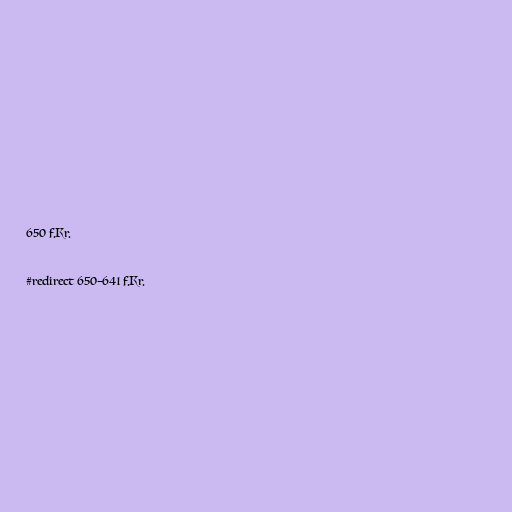
650 f.Kr.

#redirect 650–641 f.Kr.